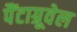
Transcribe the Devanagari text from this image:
पैंटाग्रूवेल